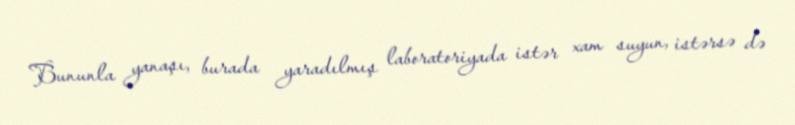
Bununla yanaşı, burada yaradılmış laboratoriyada istər xam suyun, istərsə də